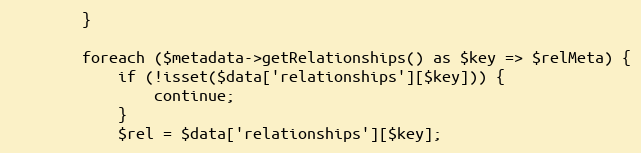
Language: PHP
        }

        foreach ($metadata->getRelationships() as $key => $relMeta) {
            if (!isset($data['relationships'][$key])) {
                continue;
            }
            $rel = $data['relationships'][$key];